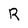
Character: R